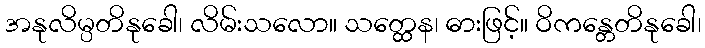
အနုလိမ္ပတိနုခေါ၊ လိမ်းသလော။ သတ္ထေန၊ ဓားဖြင့်။ ဝိကန္တေတိနုခေါ၊